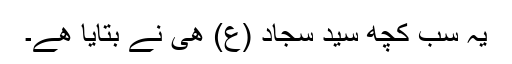
یہ سب کچھ سید سجاد (ع) ھی نے بتایا ھے۔